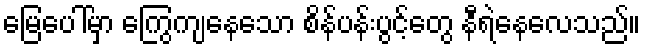
မြေပေါ်မှာ ကြွေကျနေသော စိန်ပန်းပွင့်တွေ နီရဲနေလေသည်။